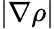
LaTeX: \lvert\nabla\rho\rvert